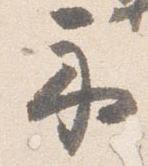
示